Report on horse surra - Volume I
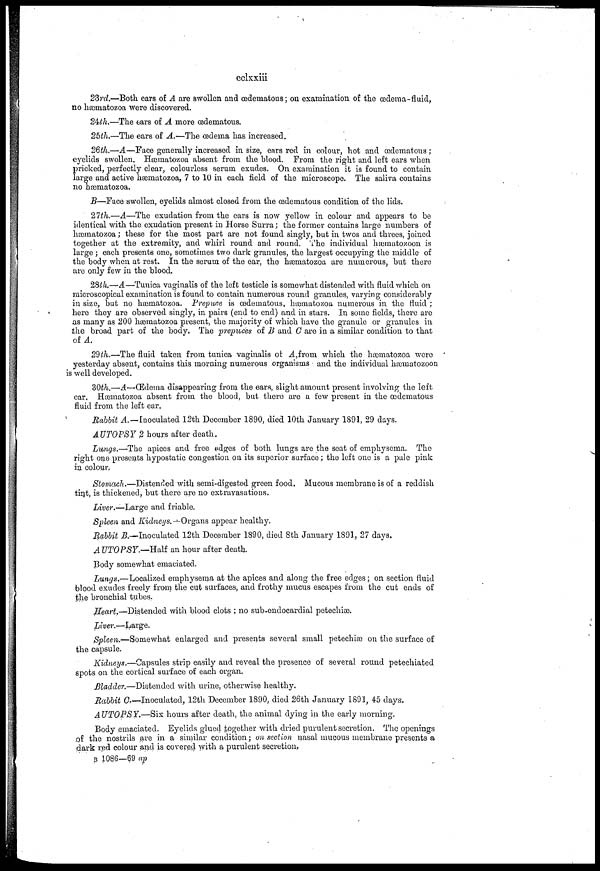
cclxxiii
23rd.—Both ears of A are swollen and œdematous ; on examination of the œdema-fluid,
no hæmatozoa were discovered.
24th.—The ears of A more œdematous.
25th.—The ears of A.—The œdema has increased.
26th.—A—Face generally increased in size, ears red in colour, hot and œdematous ;
eyelids swollen. Hæmatozoa absent from the blood. From the right and left ears when
pricked, perfectly clear, colourless serum exudes. On examination it is found to contain
large and active hæmatozoa, 7 to 10 in each field of the microscope. The saliva contains
no hæmatozoa.
B—Face swollen, eyelids almost closed from the œdematous condition of the lids.
27th.—A—The exudation from the ears is now yellow in colour and appears to be
identical with the exudation present in Horse Surra; the former contains large numbers of
hæmatozoa ; these for the most part are not found singly, but in twos and threes, joined
together at the extremity, and whirl round and round. The individual hæmatozoon is
large ; each presents one, sometimes two dark granules, the largest occupying the middle of
the body when at rest. In the serum of the ear, the hæmatozoa are numerous, but there
are only few in the blood.
28th.— A—Tunica vaginalis of the left testicle is somewhat distended with fluid which on
microscopical examination is found to contain numerous round granules, varying considerably
in size, but no hæmatozoa. Prepuce is œdematous, hæmatozoa numerous in the fluid ;
here they are observed singly, in pairs (end to end) and in stars. In some fields, there are
as many as 200 hæmatozoa present, the majority of which have the granule or granules in
the broad part of the body. The prepućes of B and C are in a similar condition to that
of A.
29th.—The fluid taken from tunica vaginalis of A,from which the hæmatozoa were
yesterday absent, contains this morning numerous organisms and the individual hæmatozoon
is well developed.
30th.—A—Œdema disappearing from the ears, slight amount present involving the left
ear. Hæmatozoa absent from the blood, but there are a few present in the œdematous
fluid from the left ear.
Rabbit A.—Inoculated 12th December 1890, died 10th January 1891, 29 days.
AUTOPSY 2 hours after death.
Lungs.—The apices and free edges of both lungs are the seat of emphysema. The
right one presents hypostatic congestion on its superior surface; the left one is a pale pink
in colour.
Stomach.—Distended with semi-digested green food. Mucous membrane is of a reddish
tint, is thickened, but there are no extravasations.
Liver.—Large and friable.
Spleen and Kidneys.—Organs appear healthy.
Rabbit B.-Inoculated
12th December 1890, died 8th January 1891, 27 days.
AUTOPSY.—Half
an hour after death.
Body somewhat emaciated.
Lungs.—Localized emphysema at the apices and along the free edges; on section fluid
blood exudes freely from the cut surfaces, and frothy mucus escapes from the cut ends of
the bronchial tubes.
Heart.—Distended with blood clots ; no sub-endocardial petechiæ.
Liver.—Large.
Spleen.—Somewhat enlarged and presents several small petechiæ on the surface of
the capsule.
Kidneys.—Capsules strip easily and reveal the presence of several round petechiated
spots on the cortical surface of each organ.
Bladder.—Distended with urine, otherwise healthy.
Rabbit C.—Inoculated, 12th December 1890, died 26th January 1891, 45 days.
AUTOPSY.—Six hours after death, the animal dying in the early morning.
Body emaciated. Eyelids glued together with dried purulent secretion. The openings
of the nostrils are in a similar condition; on section nasal mucous membrane presents a
dark red colour and is covered with a purulent secretion.
B 1086—69 ap